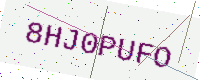
Text: 8HJ0PUFO